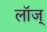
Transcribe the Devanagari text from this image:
लॉज्